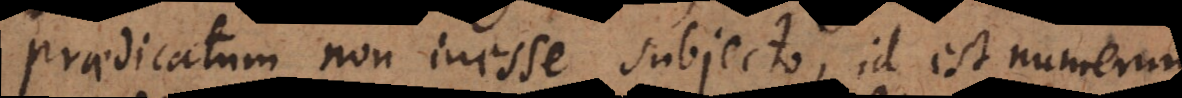
praedicatum non inesse subjecto, id est numerum